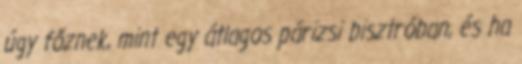
úgy főznek, mint egy átlagos párizsi bisztróban, és ha